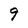
Character: 9